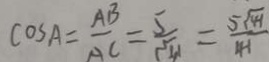
\cos A = \frac { A B } { A C } = \frac { 5 } { \sqrt { 4 1 } } = \frac { 5 \sqrt { 4 1 } } { 4 1 }